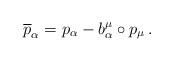
LaTeX: \begin{align*}\overline{p}_{\alpha}=p_{\alpha}-b^{\mu}_{\alpha}\circ p_{\mu}\,.\end{align*}